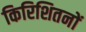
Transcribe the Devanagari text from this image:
किरिशितनों